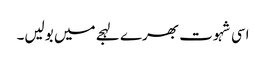
اسی شہوت بھرے لہجے میں بولیں۔